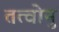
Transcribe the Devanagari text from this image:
तत्वोनुं